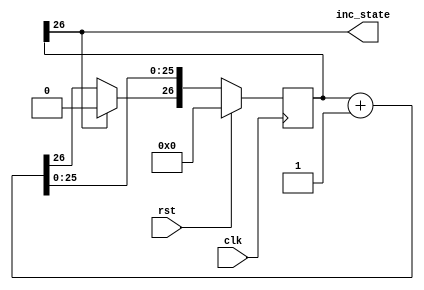
module stateCounter_3 (
    input clk,
    input rst,
    output reg inc_state
  );
  
  
  
  reg [26:0] M_stateCounter_d, M_stateCounter_q = 1'h0;
  
  always @* begin
    M_stateCounter_d = M_stateCounter_q;
    
    inc_state = M_stateCounter_q[26+0-:1];
    M_stateCounter_d = M_stateCounter_q + 1'h1;
    if (M_stateCounter_q[26+0-:1] == 1'h1) begin
      M_stateCounter_d[26+0-:1] = 1'h0;
    end
  end
  
  always @(posedge clk) begin
    if (rst == 1'b1) begin
      M_stateCounter_q <= 1'h0;
    end else begin
      M_stateCounter_q <= M_stateCounter_d;
    end
  end
  
endmodule